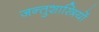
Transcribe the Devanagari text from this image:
जन्तुशास्त्रियों